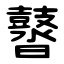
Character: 䶁